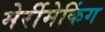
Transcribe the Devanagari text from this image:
मेर्रीमेकिंग